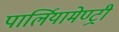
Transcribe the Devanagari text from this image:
पार्लियामेण्ट्री